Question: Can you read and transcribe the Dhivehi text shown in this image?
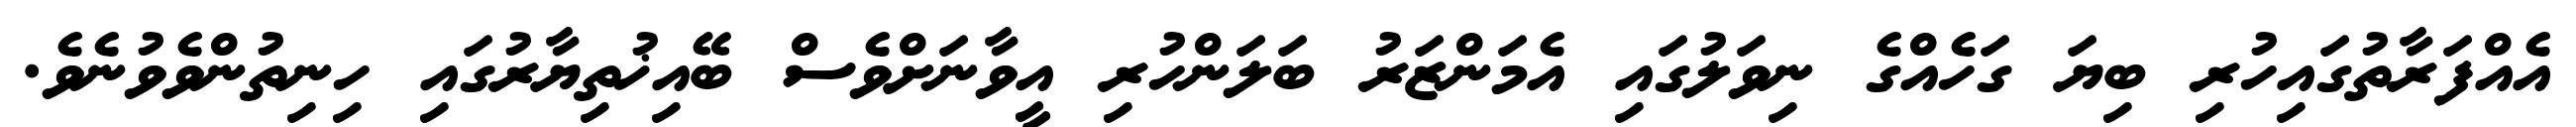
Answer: އެއްފަރާތުގައިހުރި ބިޔަ ގަހެއްގެ ނިވަލުގައި އެމަންޒަރު ބަލަންހުރި އީވާނަށްވެސް ބޭއިޚުތިޔާރުގައި ހިނިތުންވެވުނެވެ.